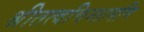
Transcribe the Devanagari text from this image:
श्रीतत्वचिन्तामणि